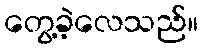
တွေ့ခဲ့လေသည်။